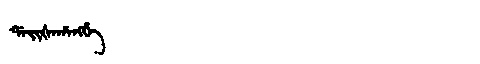
Manchu: ᡩᠠᡳᡧᠠᡥᠠᠩᡤᡝ
Romanization: DAIŠAHANGGE